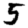
Digit: 5